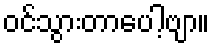
ဝင်သွားတာပေါ့ဗျာ။